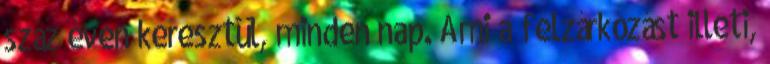
száz éven keresztül, minden nap. Ami a felzárkózást illeti,